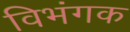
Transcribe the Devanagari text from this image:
विभंगक